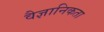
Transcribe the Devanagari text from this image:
वैज्ञानिकता